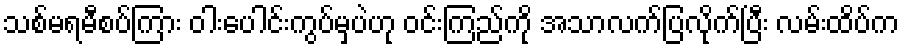
သစ်မရမီစပ်ကြား ဝါးပေါင်းကွပ်မှပဲဟု ဝင်းကြည်ကို အသာလက်ပြလိုက်ပြီး လမ်းထိပ်က